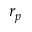
r _ { p }